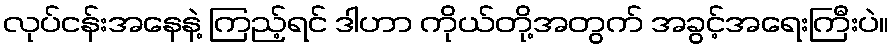
လုပ်ငန်းအနေနဲ့ ကြည့်ရင် ဒါဟာ ကိုယ်တို့အတွက် အခွင့်အရေးကြီးပဲ။